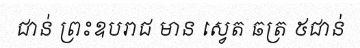
ជាន់ ព្រះឧបរាជ មាន ស្វេត ឆត្រ ៥ជាន់